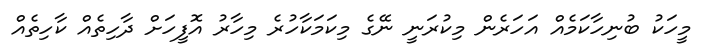
މީހަކު ބުނިހާކަމެއް އަހަރެން މިކުރަނީ ނޭގެ މިކަމަކާހުރެ މިހާރު އޮފީހަށް ދާހިތެއް ކާހިތެއް